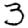
Digit: 3